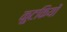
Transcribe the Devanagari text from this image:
कुटकियों